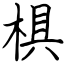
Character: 椇